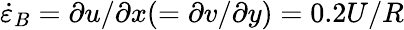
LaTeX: \dot{\varepsilon}_{B}=\partial u/\partial x(=\partial v/\partial y)=0.2U/R